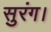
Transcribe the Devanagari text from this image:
सुरंग।